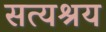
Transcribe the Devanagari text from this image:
सत्यश्रय